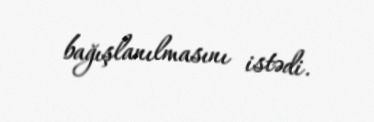
bağışlanılmasını istədi.